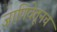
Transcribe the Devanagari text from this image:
जाणिवेतूनच